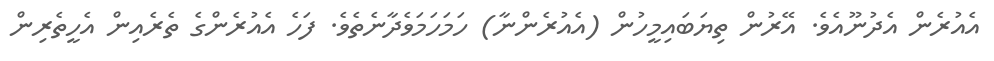
އެއުރެން އެދުނޫއެވެ. އޭރުން ތިޔަބައިމީހުން (އެއުރެންނާ) ހަމަހަމަވެދާނެތެވެ. ފަހެ އެއުރެންގެ ތެރެއިން އެހީތެރިން